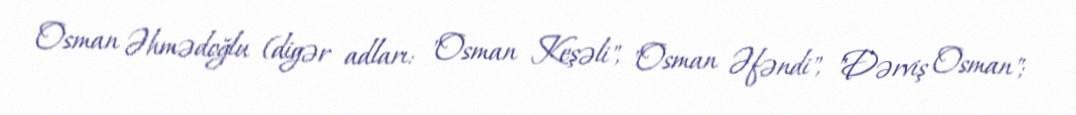
Osman Əhmədoğlu (digər adları: "Osman Keşəli", "Osman Əfəndi", "Dərviş Osman";